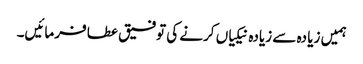
ہمیں زیا دہ سے زیادہ نیکیاں کرنے کی توفیق عطا فرمائیں۔